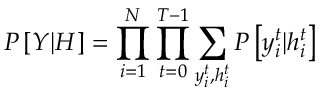
P \left[ \boldsymbol { Y } | \boldsymbol { H } \right] = \prod _ { i = 1 } ^ { N } \prod _ { t = 0 } ^ { T - 1 } \sum _ { y _ { i } ^ { t } , h _ { i } ^ { t } } P \left[ y _ { i } ^ { t } | h _ { i } ^ { t } \right]